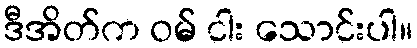
ဒီအိတ်က ဝမ် ငါး သောင်းပါ။